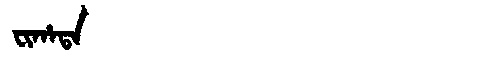
Manchu: ᠸᡳᡥᠠᡨᠠ
Romanization: FIHATA